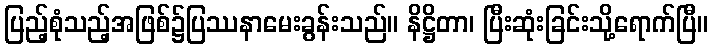
ပြည့်စုံသည့်အဖြစ်၌ပြဿနာမေးခွန်းသည်။ နိဋ္ဌိတာ၊ ပြီးဆုံးခြင်းသို့ရောက်ပြီ။